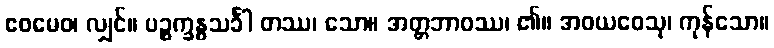
ဧဝမေဝ၊ လျှင်။ ပဉ္စက္ခန္ဓသင်္ခါ တဿ၊ သော။ အတ္တဘာဝဿ၊ ၏။ အဝယဝေသု၊ ကုန်သော။